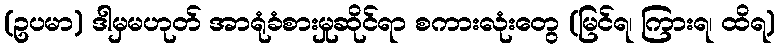
(ဥပမာ) ဒါမှမဟုတ် အာရုံခံစားမှုဆိုင်ရာ စကားလုံးတွေ (မြင်ရ၊ ကြားရ၊ ထိရ)